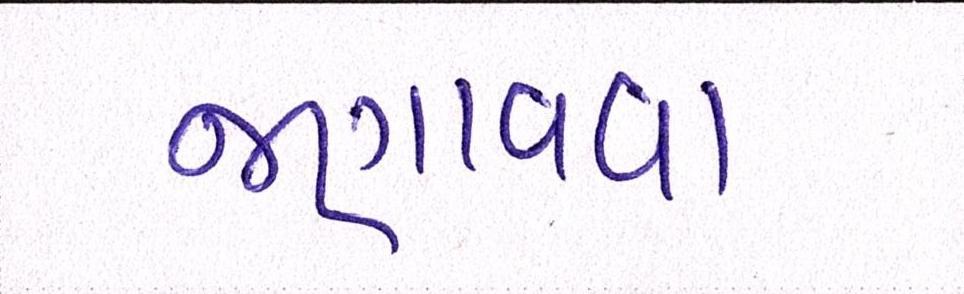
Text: જણાવવા